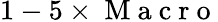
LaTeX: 1-5\times\mathrm{~M~a~c~r~o~}